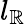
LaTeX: l_{\mathbb{R}}